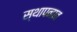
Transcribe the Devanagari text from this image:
स्थापनाव